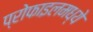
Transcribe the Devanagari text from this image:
प्रोफाइलमध्ये